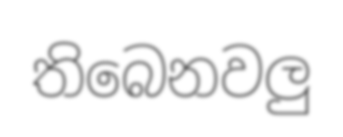
තිබෙනවලු